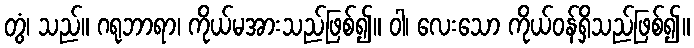
တွံ၊ သည်။ ဂရုဘာရာ၊ ကိုယ်မအားသည်ဖြစ်၍။ ဝါ၊ လေးသော ကိုယ်ဝန်ရှိသည်ဖြစ်၍။